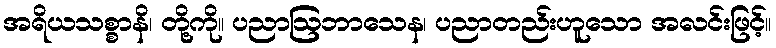
အရိယသစ္စာနိ၊ တို့ကို။ ပညာဩဘာသေန၊ ပညာတည်းဟူသော အလင်းဖြင့်။